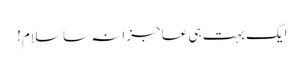
ایک بہت ہی عاجزانہ سا سلام!